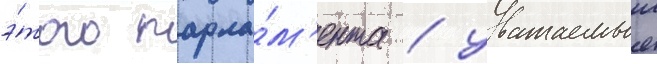
э́того парла́м'ента / уважаемыи